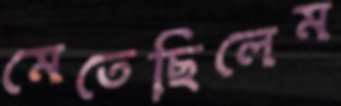
মেতেছিলেম